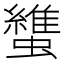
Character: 䗽